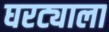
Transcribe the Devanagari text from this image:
घरट्याला